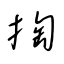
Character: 掏